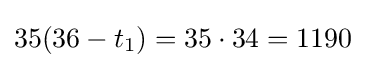
35(36-t_{1})=35\cdot 34=1190